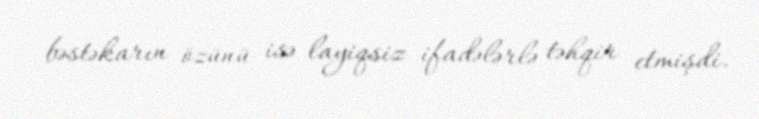
bəstəkarın özünü isə layiqsiz ifadələrlə təhqir etmişdi.